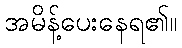
အမိန့်ပေးနေရ၏။